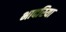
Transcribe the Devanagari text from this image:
भादरिया